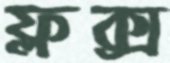
ফ্লক্স